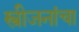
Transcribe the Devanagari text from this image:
स्त्रीजनांचा